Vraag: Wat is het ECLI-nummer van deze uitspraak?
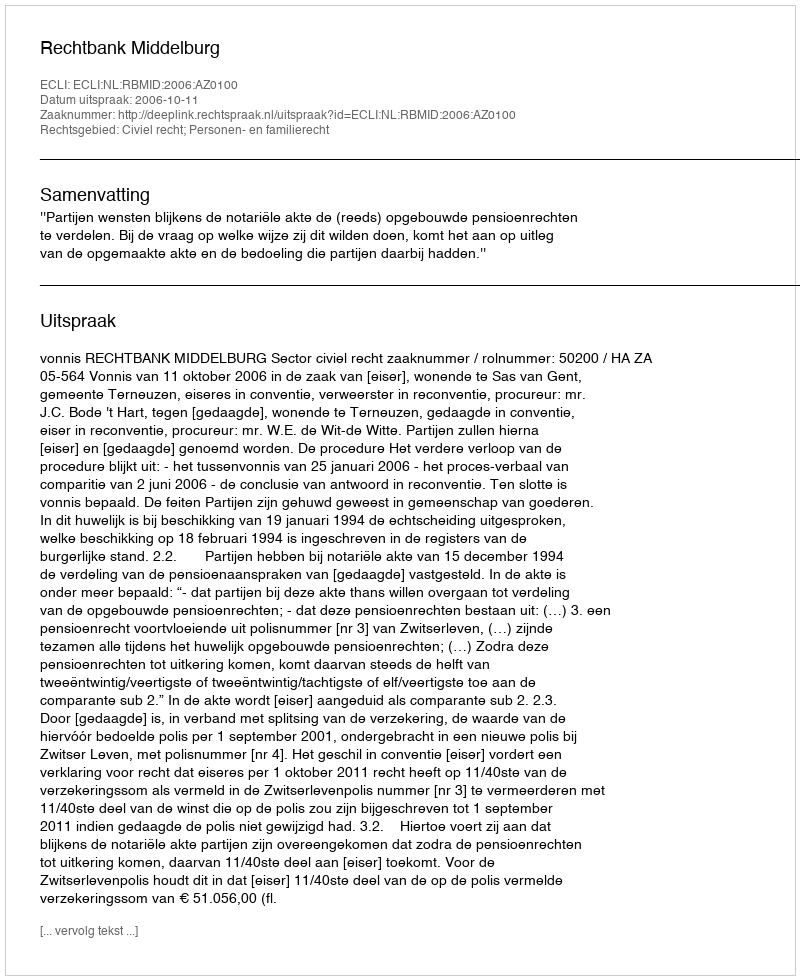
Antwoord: ECLI:NL:RBMID:2006:AZ0100